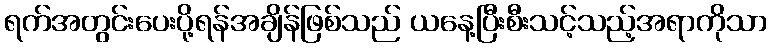
ရက်အတွင်းပေးပို့ရန်အချိန်ဖြစ်သည် ယနေ့ပြီးစီးသင့်သည့်အရာကိုသာ